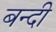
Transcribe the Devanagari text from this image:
बन्‍दी